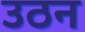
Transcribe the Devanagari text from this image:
उठन